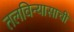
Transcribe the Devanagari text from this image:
तलविन्यासाची